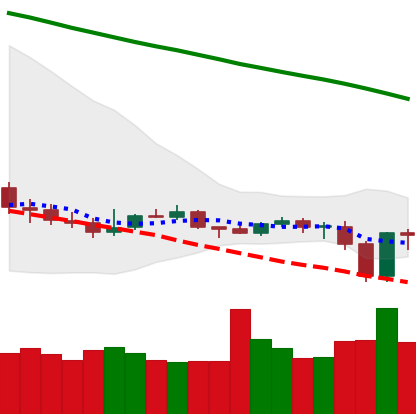
Ticker: ETC-USD
Chart end date: 2019-12-19
Forward return: 5.28%
Label: up_5_7